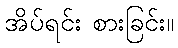
အိပ်ရင်း စားခြင်း။